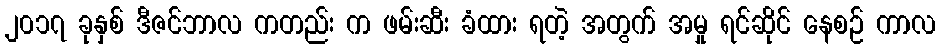
၂၀၁၇ ခုနှစ် ဒီဇင်ဘာလ ကတည်း က ဖမ်းဆီး ခံထား ရတဲ့ အတွက် အမှု ရင်ဆိုင် နေစဉ် ကာလ